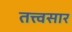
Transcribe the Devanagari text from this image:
तत्त्वसार